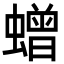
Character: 𮔿